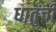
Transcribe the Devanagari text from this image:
धातुंची